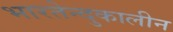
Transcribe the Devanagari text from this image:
भारतेन्दुकालीन